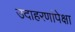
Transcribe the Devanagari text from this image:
उदाहरणांपेक्षा